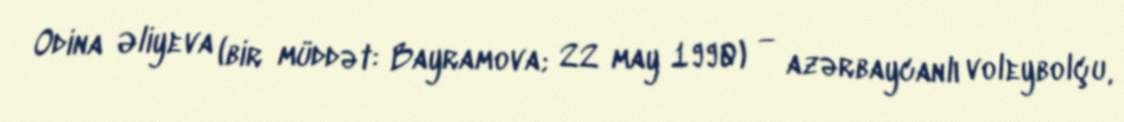
Odina Əliyeva (bir müddət: Bayramova; 22 may 1990) — azərbaycanlı voleybolçu,